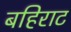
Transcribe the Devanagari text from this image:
बहिराट